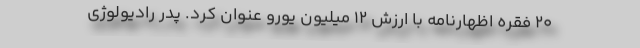
20 فقره اظهارنامه با ارزش 12 میلیون یورو عنوان کرد. پدر رادیولوژی